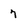
Character: 7